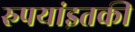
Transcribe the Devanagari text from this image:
रुपयांइतकी